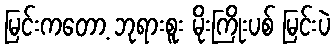
မြင်းကတော့ ဘုရားစူး မိုးကြိုးပစ် မြင်းပဲ